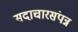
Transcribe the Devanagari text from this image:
सदाचारसंपन्न